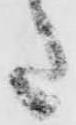
た